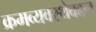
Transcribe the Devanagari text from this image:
क्रमव्यवस्थेबद्दल